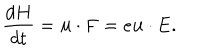
LaTeX: { \frac { d H } { d t } } = { \bf u } \cdot { \bf F } = e { \bf u } \cdot { \bf E } .